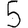
Digit: 5